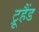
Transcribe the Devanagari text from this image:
ट्रूहैंड